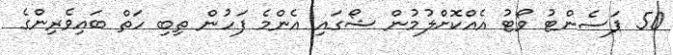
50 ޕަސެންޓު ވޯޓު އެއްކޮށްލުމުން ޝޯގައި އެންމެ ފަހުން ތިބި ހަތް ބައިވެރިންގެ